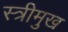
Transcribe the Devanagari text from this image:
स्त्रीमुख